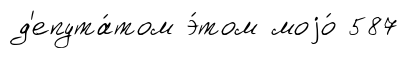
д'епута́том э́том моjо́ 587